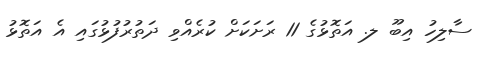
ސާލިހު އިބޫ ލ. އަތޮޅުގެ 11 ރަށަކަށް ކުރެއްވި ދަތުރުފުޅުގައި އެ އަތޮޅު